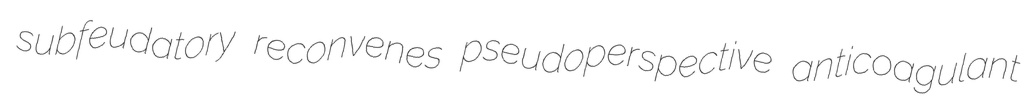
subfeudatory reconvenes pseudoperspective anticoagulant